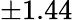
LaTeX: \pm 1.44